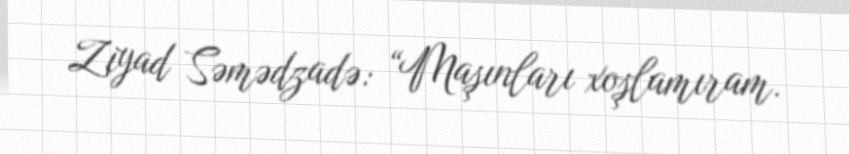
Ziyad Səmədzadə: “Maşınları xoşlamıram.